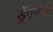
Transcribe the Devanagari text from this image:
ड्रॅगनची